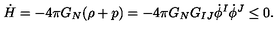
\dot { H } = - 4 \pi G _ { N } ( \rho + p ) = - 4 \pi G _ { N } G _ { I J } \dot { \phi } ^ { I } \dot { \phi } ^ { J } \leq 0 .